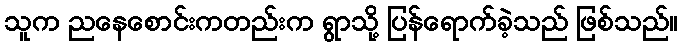
သူက ညနေစောင်းကတည်းက ရွာသို့ ပြန်ရောက်ခဲ့သည် ဖြစ်သည်။